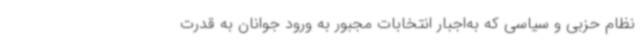
نظام حزبی و سیاسی که به‌اجبار انتخابات مجبور به ورود جوانان به قدرت